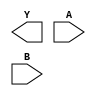
module sky130_fd_sc_ms__nor2 (
    Y,
    A,
    B
);

    output Y;
    input  A;
    input  B;

    // Voltage supply signals
    supply1 VPWR;
    supply0 VGND;
    supply1 VPB ;
    supply0 VNB ;

endmodule